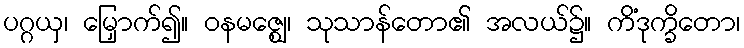
ပဂ္ဂယှ၊ မြှောက်၍။ ဝနမဇ္ဈေ၊ သုသာန်တော၏ အလယ်၌။ ကိံဒုက္ခိတော၊